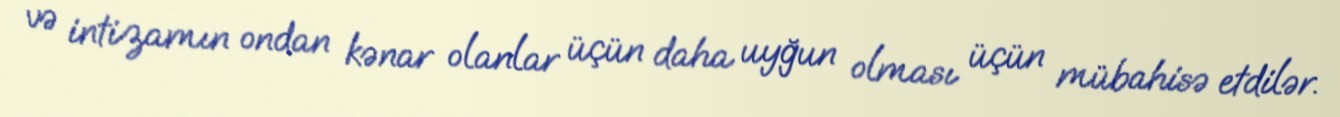
və intizamın ondan kənar olanlar üçün daha uyğun olması üçün mübahisə etdilər.